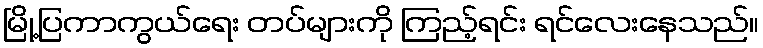
မြို့ပြကာကွယ်ရေး တပ်များကို ကြည့်ရင်း ရင်လေးနေသည်။